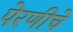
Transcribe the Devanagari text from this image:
पेरणीचे